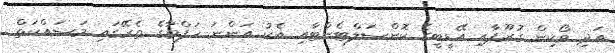
އަދި ވޯކިން ގުރޫޕާއި އޭޑީބީގެ ކޮންސަލްޓެންޓާއި އެކު އަންނަ ހަފްތާގެ ތެރޭގައި މަސައްކަތް